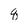
Character: q